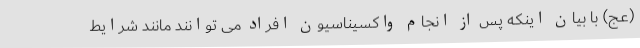
(عج) با بیان اینکه پس از انجام واکسیناسیون افراد می توانند مانند شرایط